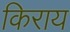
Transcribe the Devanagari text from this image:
किराय